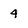
Character: 4